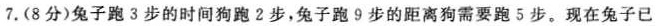
7.(8分)兔子跑3步的时间狗跑2步，兔子跑9步的距离狗需要跑5步。现在兔子已